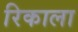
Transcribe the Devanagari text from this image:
रिकाला